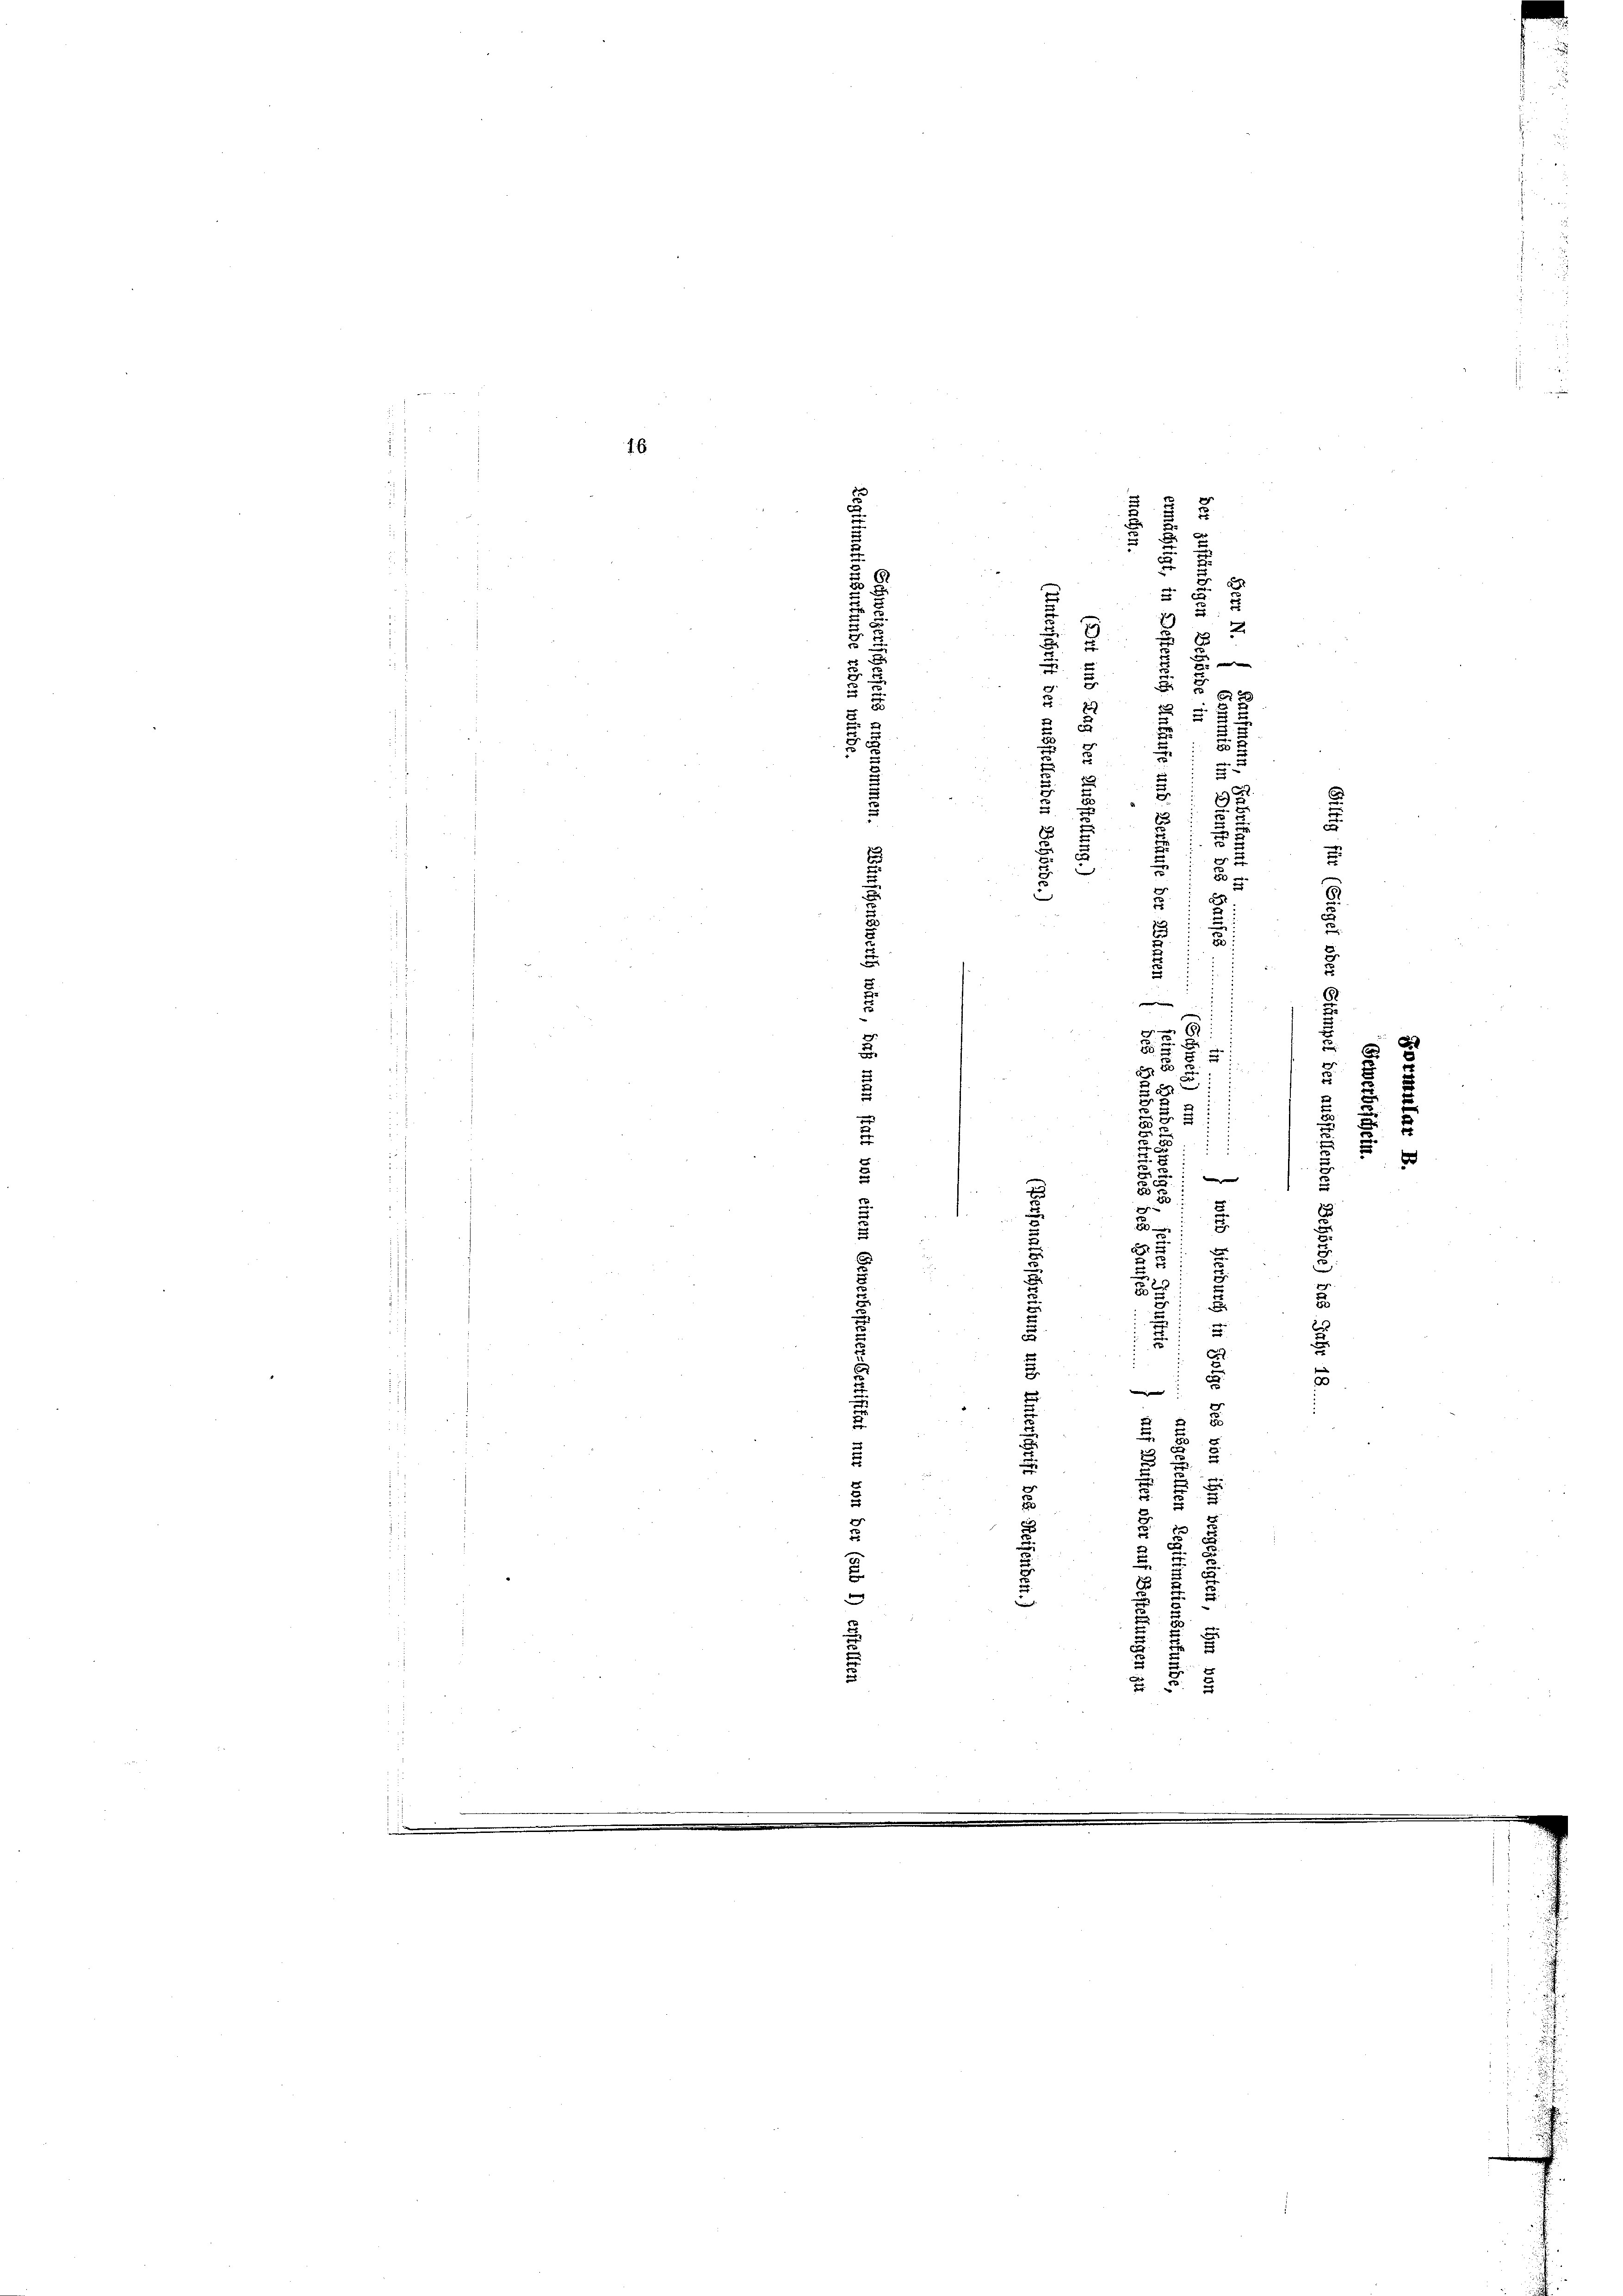
e

16

e
c

.
u
7
82
8

d
e
2
2
i
5
x
u
u
¬
e
x
J.

e
.
e
2

d
.
8
e
u
¬
0
i
e
x

e
e
d
2
8.
d
.

3.
2.
.
2
x
i

2

s
.
i
2
.
e
e
¬
.
de
u
2
u
i
 x 5
2

.

i
8
i
u
ein

1
t

 der

2
u
2
3

5

2
 x
t
.
2
e